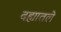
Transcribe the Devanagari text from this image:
दह्यातले